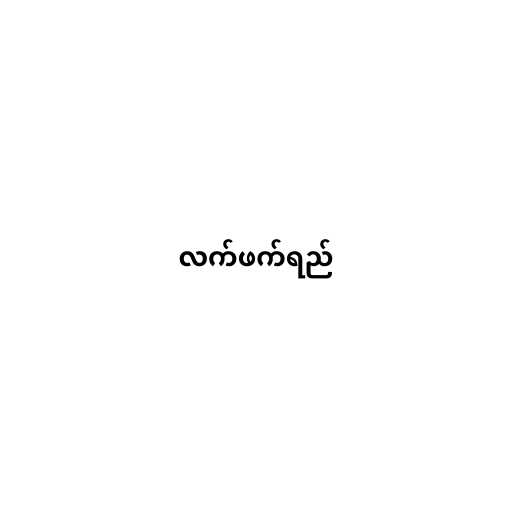
လက်ဖက်ရည်